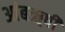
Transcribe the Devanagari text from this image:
आंबॠषी